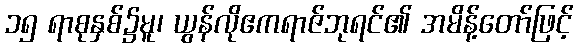
၁၅ ရာစုနှစ်၌မူ၊ ယွန်လိုဧကရာဇ်ဘုရင်၏ အမိန့်တော်ဖြင့်